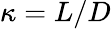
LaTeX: \kappa=L/D